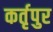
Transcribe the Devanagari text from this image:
कर्तृपुर